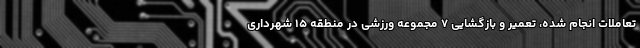
تعاملات انجام شده، تعمیر و بازگشایی ۷ مجموعه ورزشی در منطقه ۱۵ شهرداری